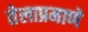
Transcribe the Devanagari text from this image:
तेलाप्रमाणे